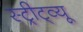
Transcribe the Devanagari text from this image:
स्ट्रीट्व्यू